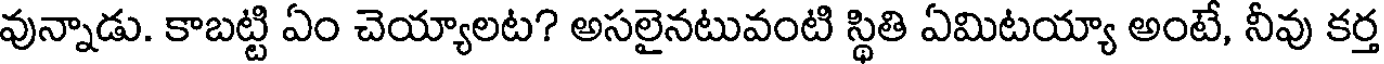
వున్నాడు. కాబట్టి ఏం చెయ్యాలట? అసలైనటువంటి స్థితి ఏమిటయ్యా అంటే, నీవు కర్త